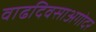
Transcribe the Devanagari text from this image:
वाढदिवसाअगोदर